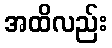
အထိလည်း